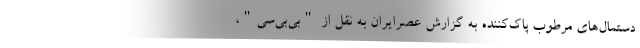
دستمال‌های مرطوب پاک‌کننده به گزارش عصرایران به نقل از "بی‌بی‌سی"،